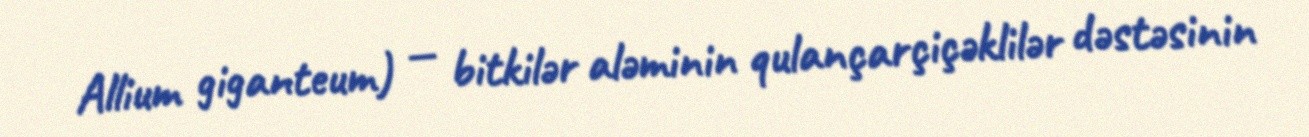
Allium giganteum) — bitkilər aləminin qulançarçiçəklilər dəstəsinin